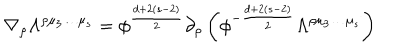
\nabla _ { \rho } \Lambda ^ { \rho \mu _ { 3 } \ldots \mu _ { s } } = \phi ^ { \frac { d + 2 ( s - 2 ) } { 2 } } \partial _ { \rho } \left( \phi ^ { - { \frac { d + 2 ( s - 2 ) } { 2 } } } \Lambda ^ { \rho \mu _ { 3 } \ldots \mu _ { s } } \right)